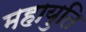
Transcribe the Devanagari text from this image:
महायुति